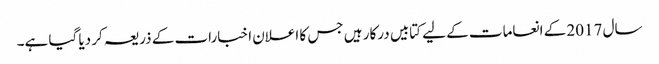
سال 2017 کے انعامات کے لیے کتابیں درکار ہیں جس کا اعلان اخبارات کے ذریعہ کر دیا گیا ہے۔